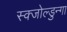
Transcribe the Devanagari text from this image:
स्क्जोल्डुन्गा